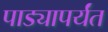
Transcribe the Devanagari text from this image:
पाड्यापर्यंत